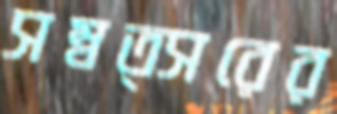
সম্বত্সরের